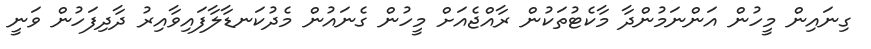
ގިނައިން މީހުން އަންނަމުންދާ މާކެޓުތަކުން ރާއްޖެއަށް މީހުން ގެނައުން މެދުކަނޑާލާފައިވާއިރު ދާދިފަހުން ވަނީ